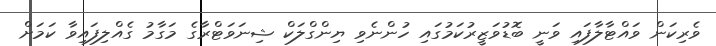
ވެރިކަން ވައްޓާލާފައި ވަނީ ބޮޑުވަޒީރުކަމުގައި ހުންނެވި ޔިންގްލަކް ޝިނަވަޓްރާގެ މަގާމު ގެއްލިފައިވާ ކަމަށް